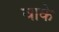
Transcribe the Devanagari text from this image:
वाके